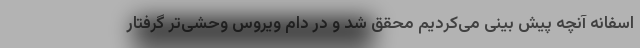
اسفانه آنچه پیش بینی می‌کردیم محقق شد و در دام ویروس وحشی‌تر گرفتار